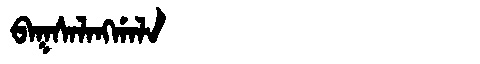
Manchu: ᠪᠠᡴᠰᠠᠯᠠᠩᡤᠠᠯᠠ
Romanization: BAKSALANGGALA